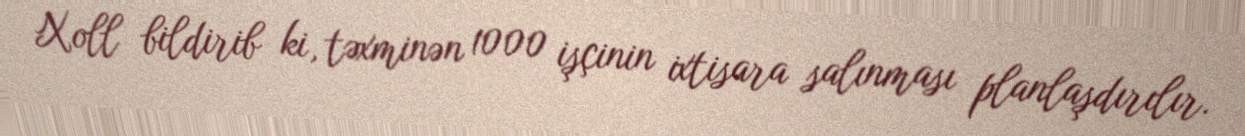
Xoll bildirib ki, təxminən 1000 işçinin ixtisara salınması planlaşdırılır.